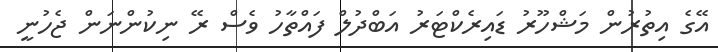
އޭގެ އިތުރުން މަޝްހޫރު ޑައިރެކްޓަރު އަބްދުލް ފައްތާހު ވެސް ރޭ ނިކުންނަން ޖެހުނީ